Lunatic asylums Punjab 1895-1910 - 1895-1910
Year: 1895
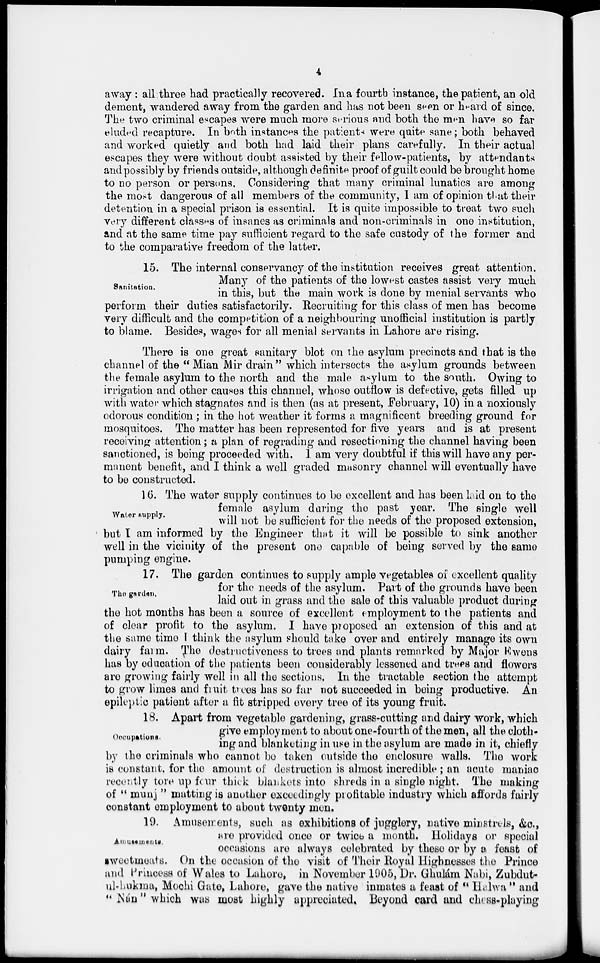
4
away : all three had practically recovered. In a fourth instance, the patient, an old
dement, wandered away from the garden and has not been seen or heard of since.
The two criminal escapes were much more serious and both the men have so far
eluded recapture. In both instances the patients were quite sane; both behaved
and worked quietly and both had laid their plans carefully. In their actual
escapes they were without doubt assisted by their fellow-patients, by attendants
and possibly by friends outside, although definite proof of guilt could be brought home
to no person or persons. Considering that many criminal lunatics are among
the most dangerous of all members of the community, I am of opinion that their
detention in a special prison is essential. It is quite impossible to treat two such
very different classes of insanes as criminals and non-criminals in one institution,
and at the same time pay sufficient regard to the safe custody of the former and
to the comparative freedom of the latter.
Sanitation.
15. The internal conservancy of the institution receives great attention.
Many of the patients of the lowest castes assist very much
in this, but the main work is done by menial servants who
perform their duties satisfactorily. Recruiting for this class of men has become
very difficult and the competition of a neighbouring unofficial institution is partly
to blame. Besides, wages for all menial servants in Lahore are rising.
There is one great sanitary blot on the asylum precincts and that is the
channel of the "Mian Mir drain" which intersects the asylum grounds between
the female asylum to the north and the male asylum to the south. Owing to
irrigation and other causes this channel, whose outflow is defective, gets filled up
with water which stagnates and is then (as at present, February, 10) in a noxiously
odorous condition ; in the hot weather it forms a magnificent breeding ground for
mosquitoes. The matter has been represented for five years and is at present
receiving attention; a plan of regrading and resectioning the channel having been
sanctioned, is being proceeded with. I am very doubtful if this will have any per-
manent benefit, and I think a well graded masonry channel will eventually have
to be constructed.
Water supply.
16. The water supply continues to be excellent and has been laid on to the
female asylum daring the past year. The single well
will not be sufficient for the needs of the proposed extension,
but I am informed by the Engineer that it will be possible to sink another
well in the vicinity of the present one capable of being served by the same
pumping engine.
The garden.
17. The garden continues to supply ample vegetables of excellent quality
for the needs of the asylum. Part of the grounds have been
laid out in grass and the sale of this valuable product during
the hot months has been a source of excellent employment to the patients and
of clear profit to the asylum. I have proposed an extension of this and at
the same time I think the asylum should take over and entirely manage its own
dairy farm. The destructiveness to trees and plants remarked by Major Ewens
has by education of the patients been considerably lessened and trees and flowers
are growing fairly well in all the sections. In the tractable section the attempt
to grow limes and fruit trees has so far not succeeded in being productive. An
epileptic patient after a fit stripped every tree of its young fruit.
Occupations.
18. Apart from vegetable gardening, grass-cutting and dairy work, which
give employment to about one-fourth of the men, all the cloth-
ing and blanketing in use in the asylum are made in it, chiefly
by the criminals who cannot be taken outside the enclosure walls. The work
is constant, for the amount of destruction is almost incredible ; an acute maniac
recently tore up four thick blankets into shreds in a single night. The making
of " munj " matting is another exceedingly profitable industry which affords fairly
constant employment to about twenty men.
Amusement.
19. Amusements, such as exhibitions of jugglery, native minstrels, &c.,
are provided once or twice a month. Holidays or special
occasions are always celebrated by these or by a feast of
sweetmeats. On the occasion of the visit of Their Royal Highnesses the Prince
and Princess of Wales to Lahore, in November 1905, Dr. Ghulám Nabi, Zubdut-
ul-Lukma, Mochi Gate, Lahore, gave the native inmates a feast of " Halwa " and
" Nán " which was most highly appreciated. Beyond card and chess-playing